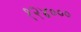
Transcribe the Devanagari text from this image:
१२४०००